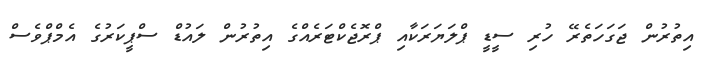
އިތުރުން ޖަގަހަތެރޭ ހުރި ސީޑީ ޕްލަޔަރަކާއި ޕްރޮޖެކްޓަރެއްގެ އިތުރުން ލައުޑް ސްޕީކަރުގެ އެމްޕްވެސް